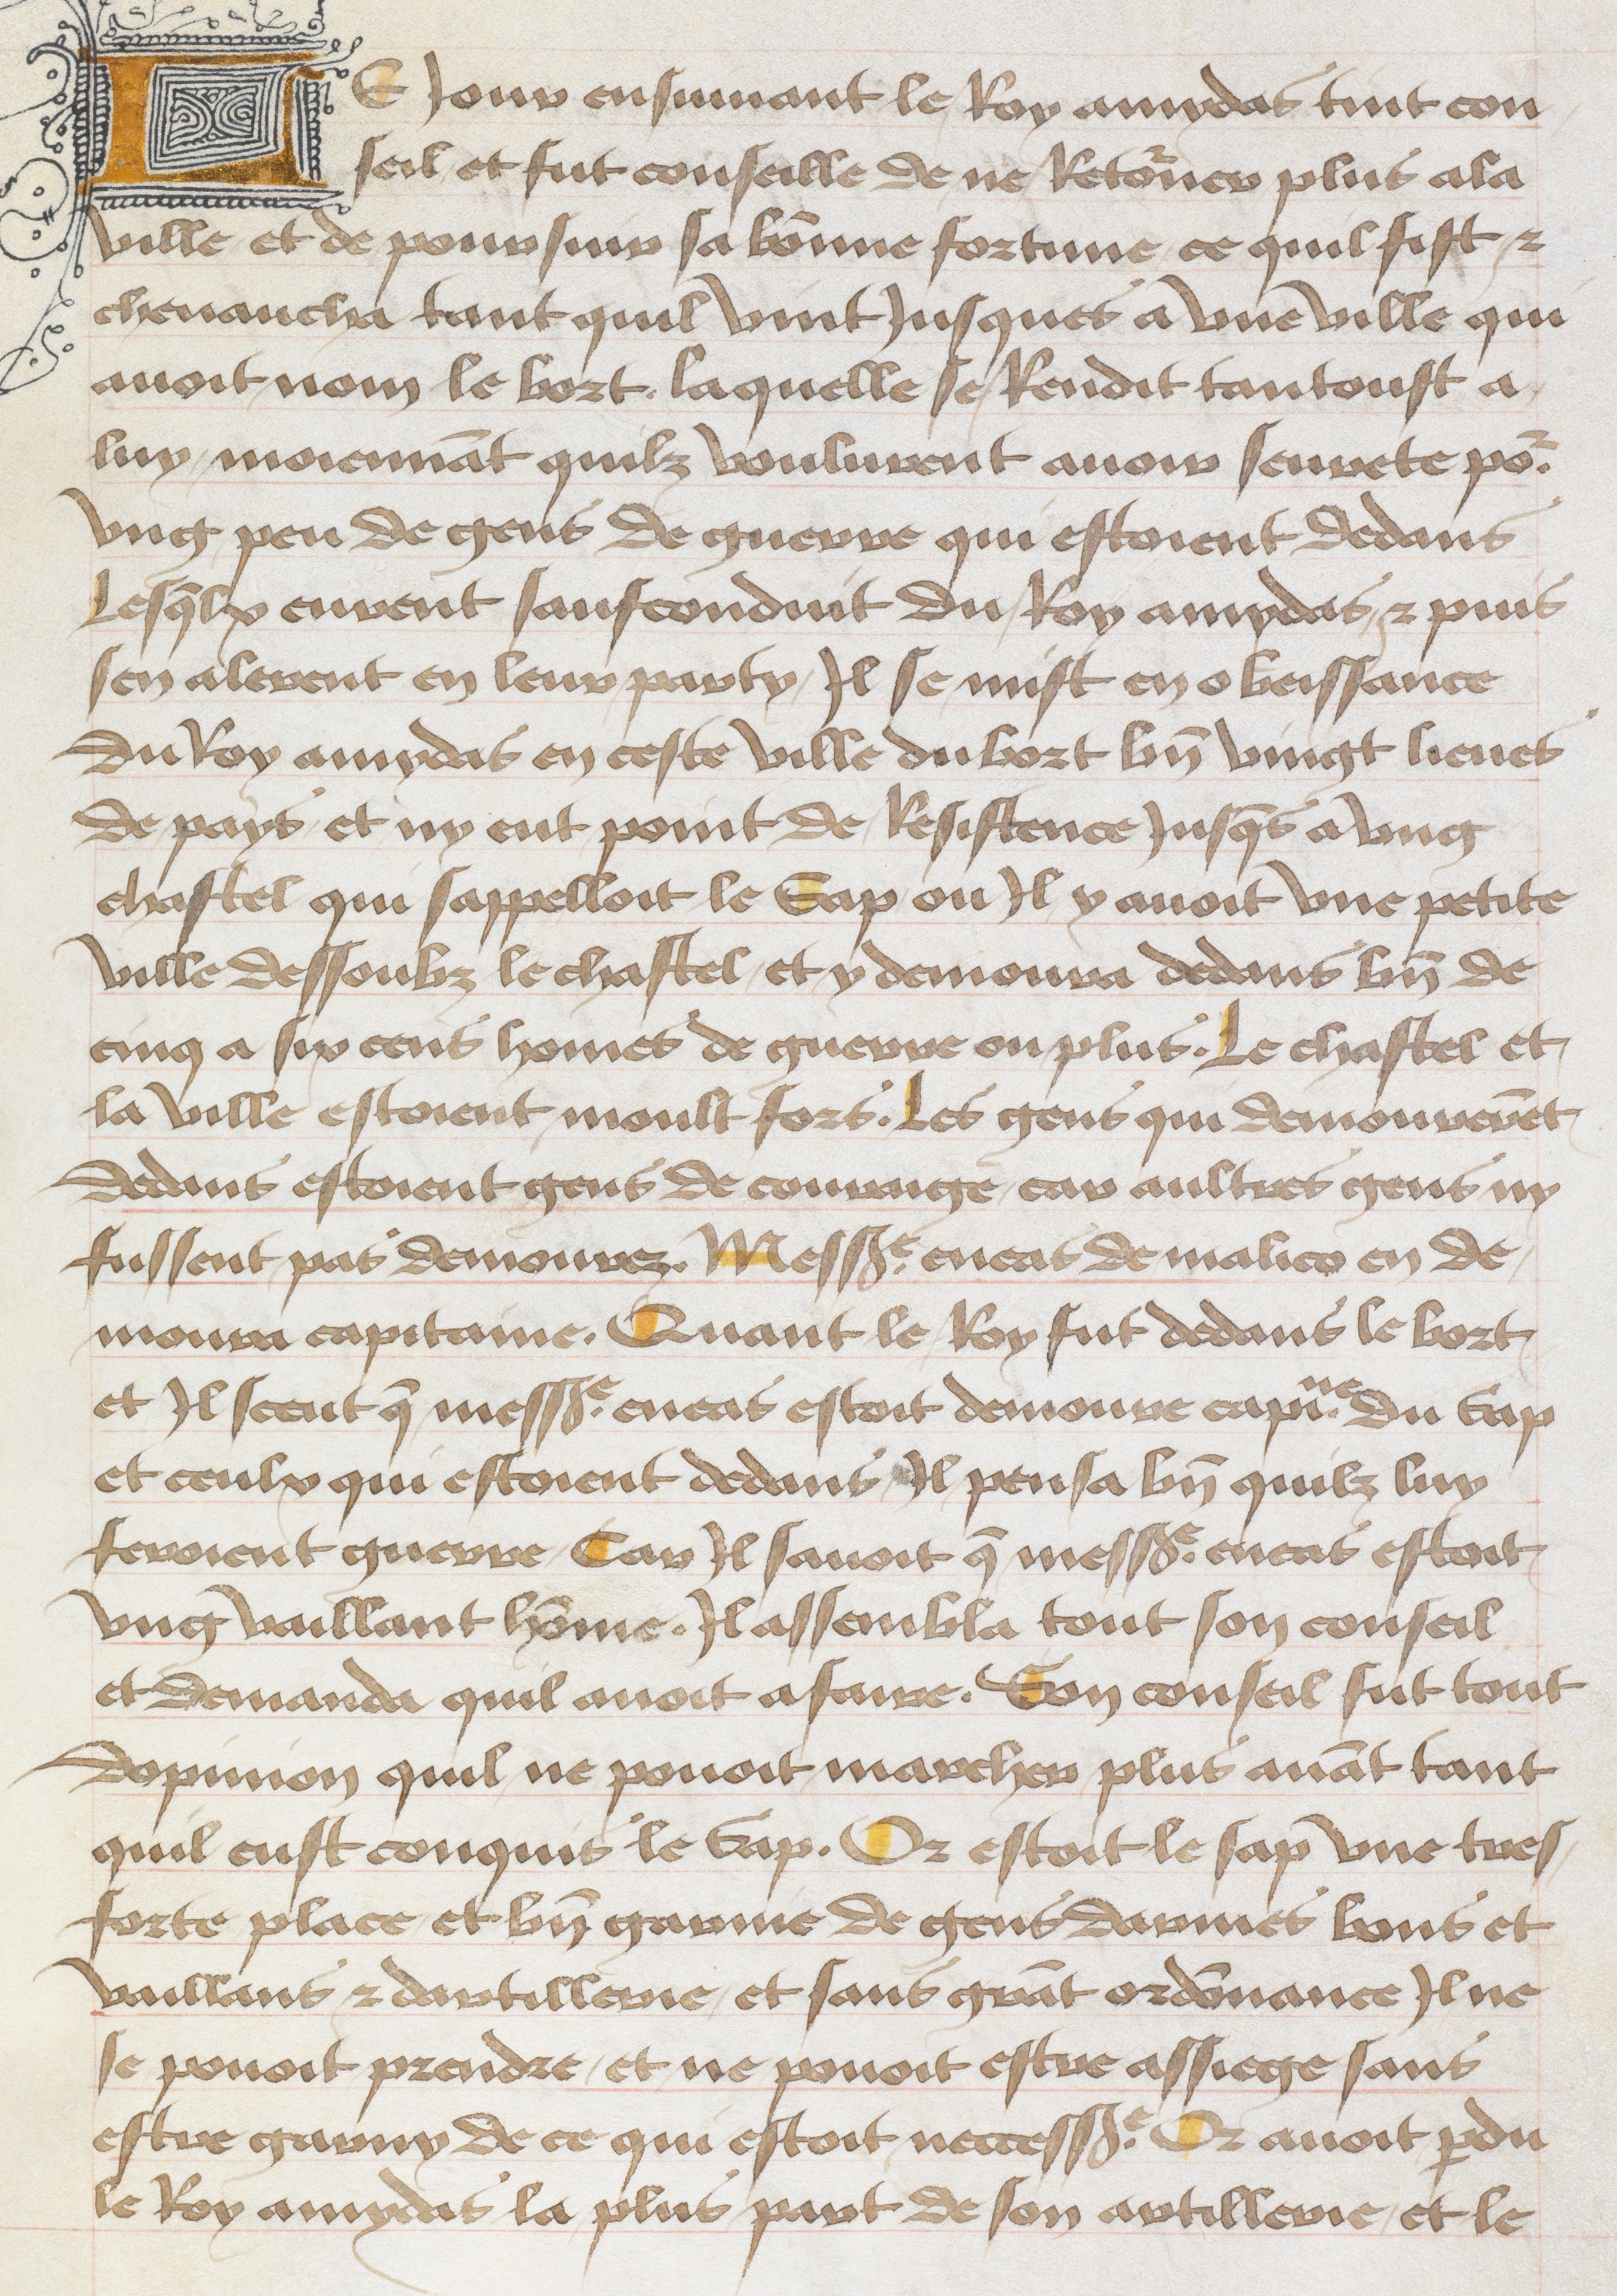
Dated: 1465–1480